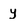
Character: y